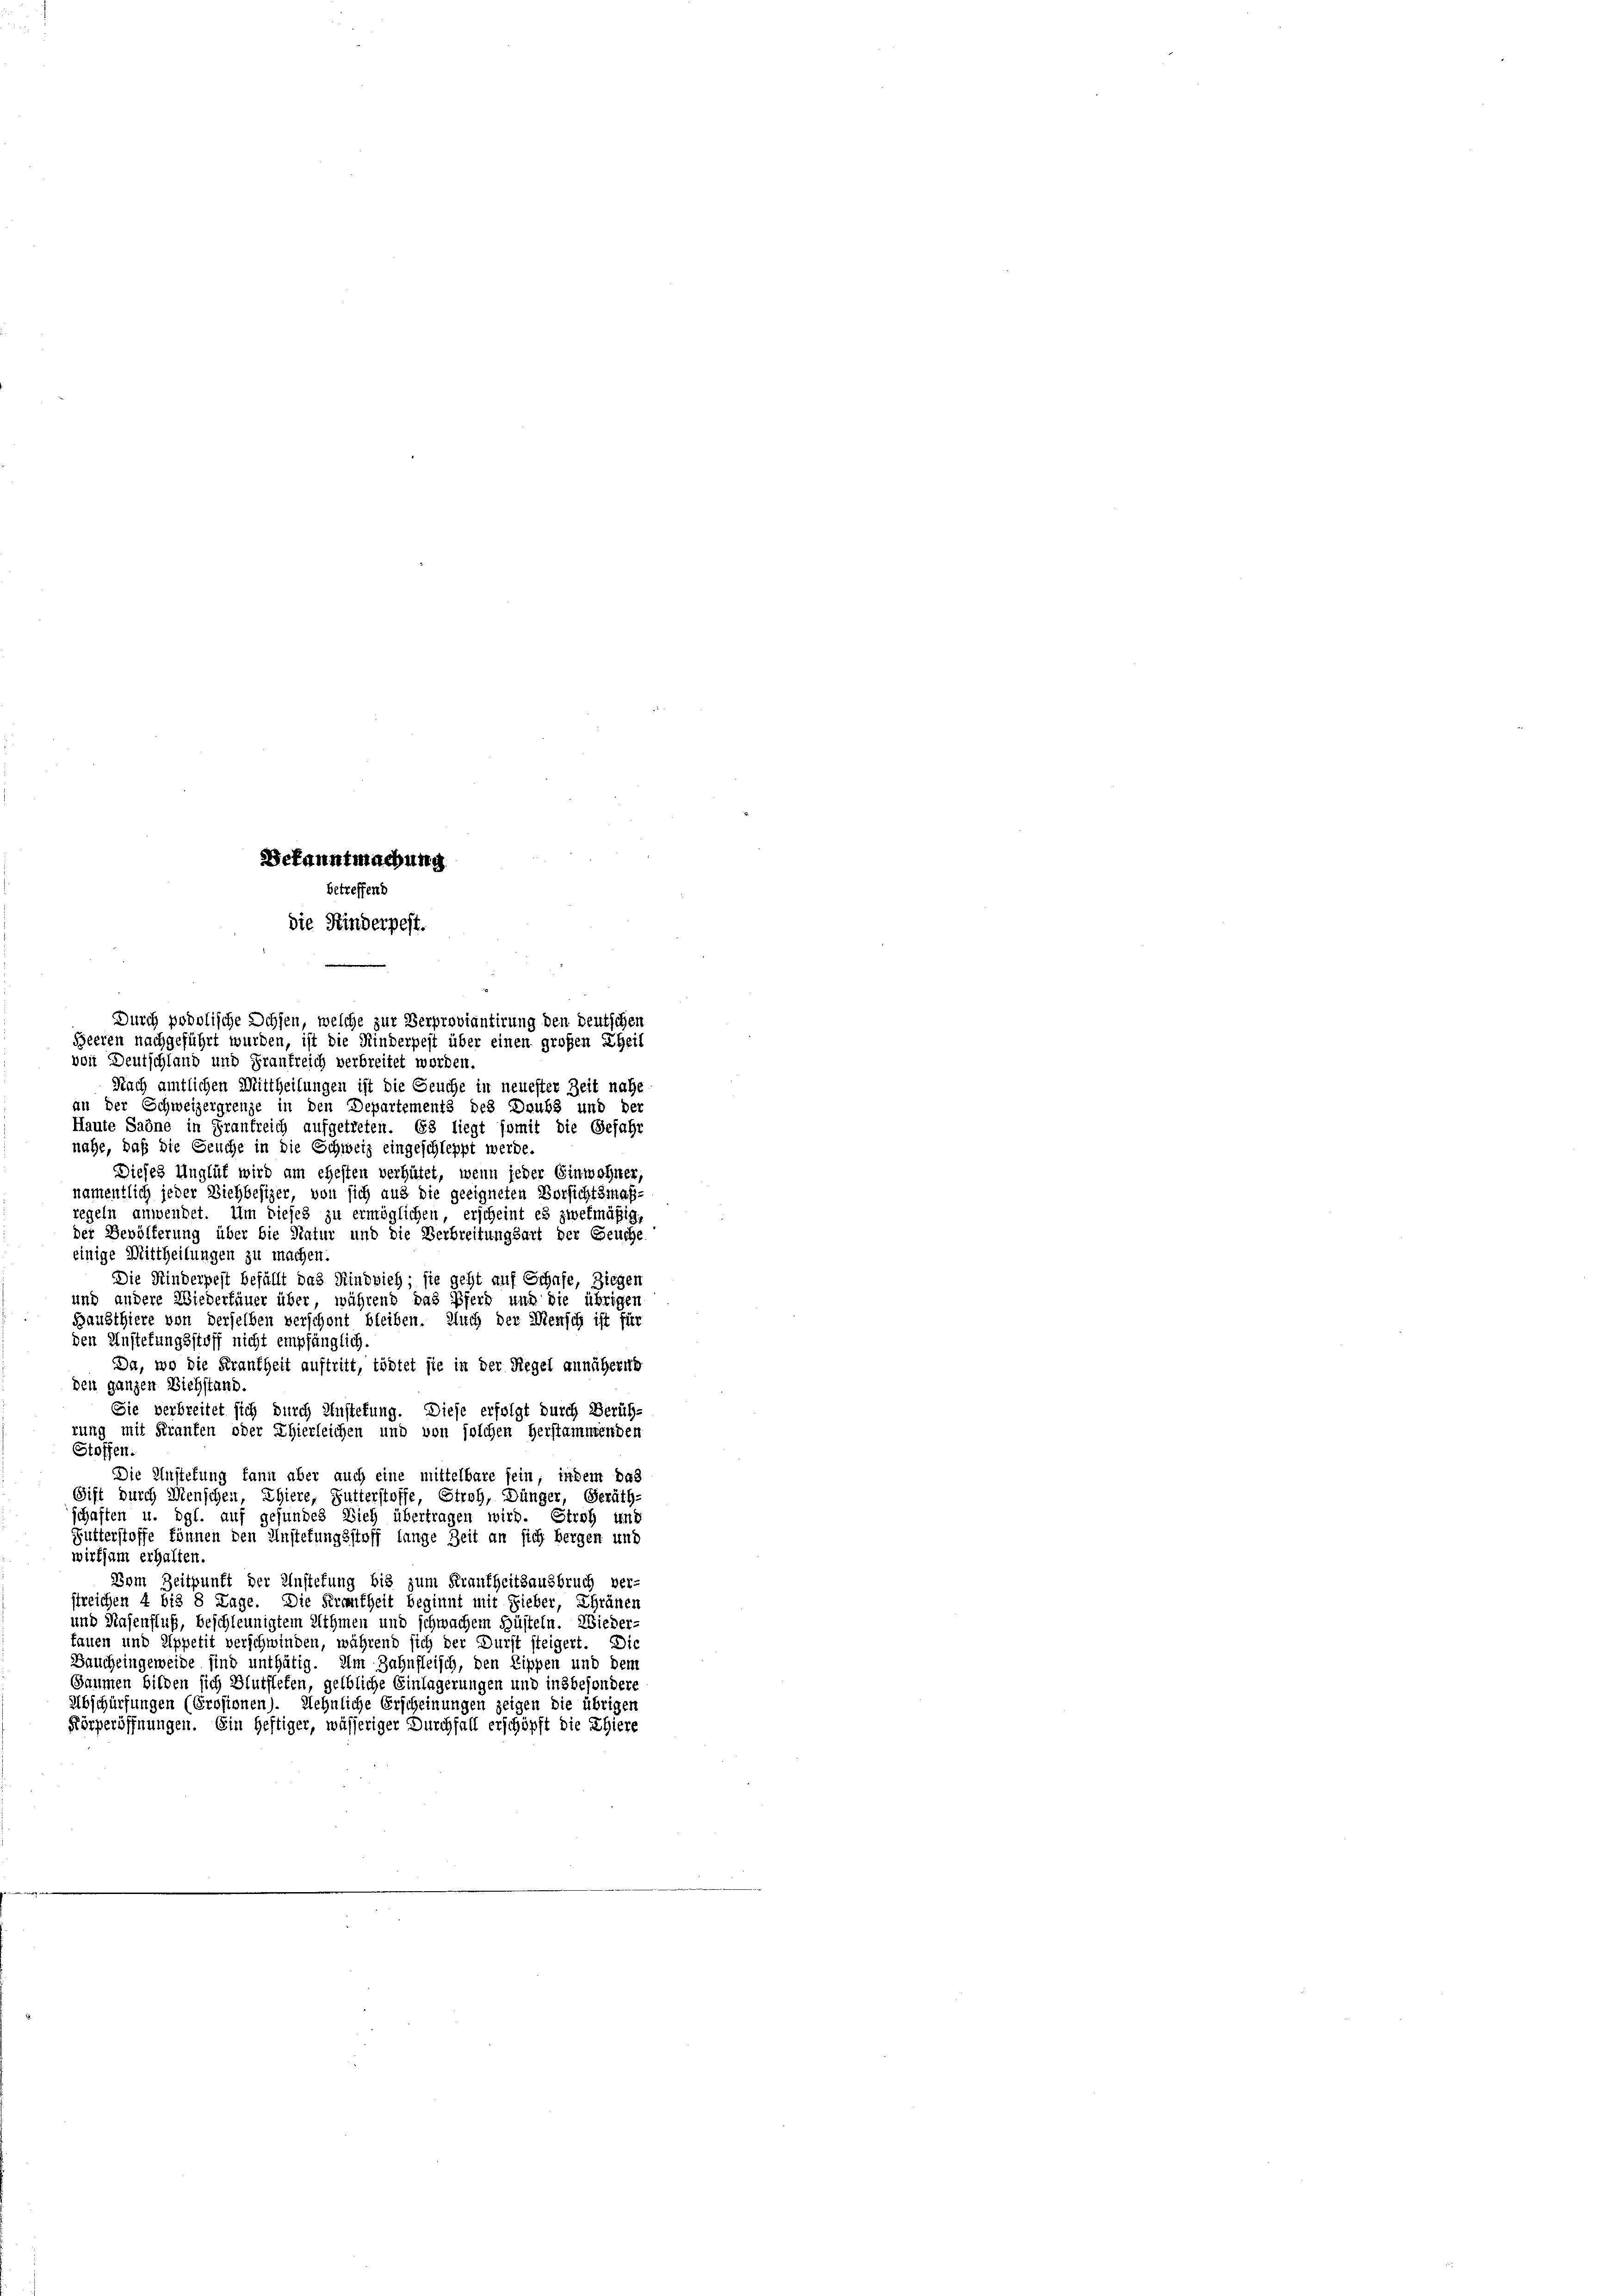
Bekanntmachung
betreffend
die Kinderpest.

Durch podolische Ochsen, welche zur Verproviantirung den deutschen
Heeren nachgeführt wurden, ist die Kinderpest über einen großen Theil
von Deutschland und Frankreich verbreitet worden.
Nach amtlichen Mittheilungen ist die Geuche in neuester Zeit nahe
an der Schweizergrenze in den Departements des Doubs und der
Haute Saöne in Frankreich aufgetreten. Es liegt somit die Gefahr
nahe, daß die Seuche in die Schweiz eingeschleppt werde.
Dieses Unglüt wird am ehesten verhütet, wenn jeder Einwohner,
namentlich jeder Ziehbesizer, von sich aus die geeigneten Vorsichtsmaß-
regeln anwendet. Um dieses zu ermöglichen, erscheint es zwekmäßig
der Bevölkerung über bie Natur und die Verbreitungsart der Seuche
einige Mittheilungen zu machen.
Die Kinderpest befällt das Rindvieh; sie geht auf Schafe, Ziegen
und andere Wiederhauer über, während das Pferd und die übrigen
Bausthiere von derselben verschont bleiben. Auch der Mensch ist für
den Anstehungsstoff nicht empfänglich.
Da, wo die Frankheit auftritt, tödtet sie in der Regel annäherub
den ganzen Viehstand.
Sie verbreitet sich durch Austehung. Diese erfolgt durch Berüh-
rung mit Fraufen oder Thierleichen und von solchen Herstammenden
Stoffen.
Die Anstehung kann aber auch eine mittelbare sein, indem Das
Gift durch Menschen, Thiere, Futterstoffe, Stroh, Dünger, Geräth-
schaften u. dgl. auf gesundes Dich übertragen wird. Stroh und
Futterstoffe können den Anstetungsstoff lange Zeit an sich hergen und
wirtsam erhalten.
Vom Zeitpunft der Anstehung bis zum Frautheitsausbruch ver-
streichen 4 bis 8 Lage. Die Fremtheit beginnt mit Fieber, Thränen
und Hasenfluß, beschleunigtem Athmen und schwachem Güsteln. Wieder-
tauen und Appetit verschwinden, während sich der Durft steigert. Die
Baucheingeweide sind unthätig. Um Zahnfleisch, den Lippen und dem
Gaumen bilden sich Blutflefen, gelbliche Einlagerungen und insbesondere
Abschürfungen (Erosionen). Aehnliche Erscheinungen zeigen die übrigen
Körperöffnungen. Ein Heftiger, wässeriger Durchfall erschöpft die Ehiere